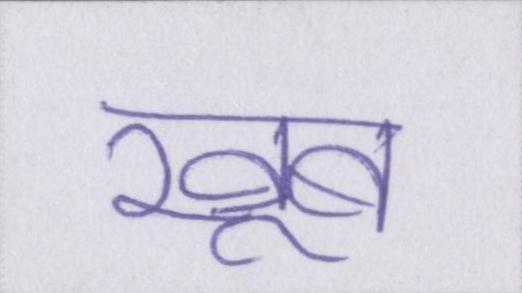
खूब